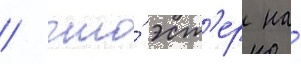
/ что́ эст'ер на́